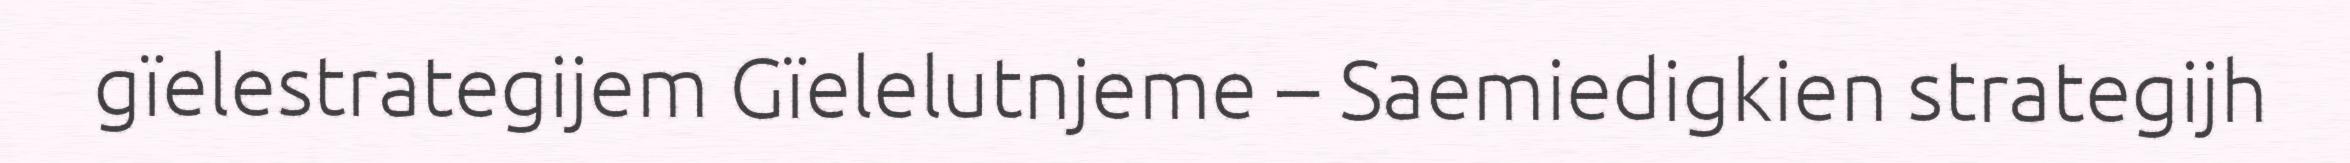
gïelestrategijem Gïelelutnjeme – Saemiedigkien strategijh